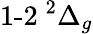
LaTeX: {\operatorname{1-2}}\phantom{A}\! \! \! ^{2}\Delta_{g}